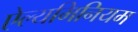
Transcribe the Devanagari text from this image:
ऐल्यमिनियम